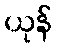
ယုန်